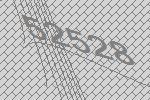
52528